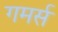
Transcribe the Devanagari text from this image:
गमर्स